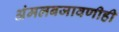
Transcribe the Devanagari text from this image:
अंमलबजावणीही